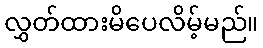
လွှတ်ထားမိပေလိမ့်မည်။